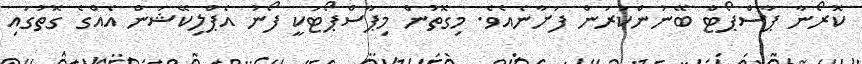
ކޮރޯނާ ޕާސްޕޯޓް ބޭނުންކުރަން ފަށާނެއެވެ. މިގޮތުން މިޕާސްޕޯޓަކީ ފޯނު އެޕްލިކޭޝަން އެއްގެ ގޮތުގައި